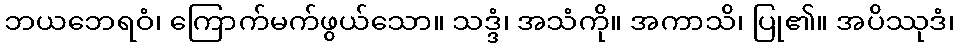
ဘယဘေရဝံ၊ ကြောက်မက်ဖွယ်သော။ သဒ္ဒံ၊ အသံကို။ အကာသိ၊ ပြု၏။ အပိဿုဒံ၊